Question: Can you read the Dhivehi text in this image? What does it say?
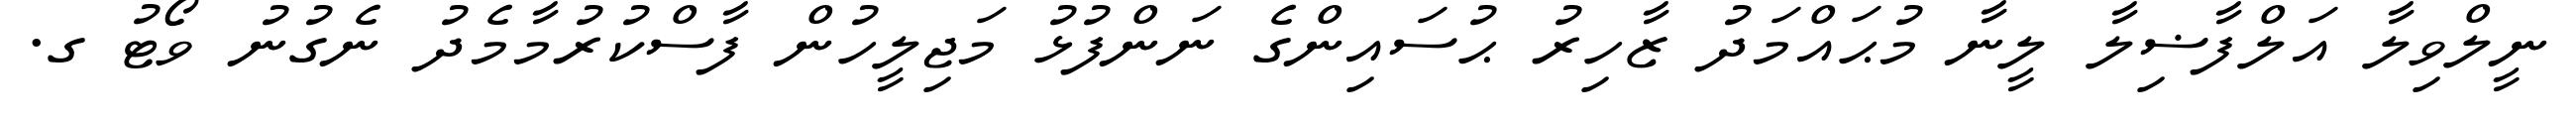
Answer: ނީލްވިލާ އަލްފާޟިލާ ލީނާ މުޙައްމަދު ޒާހިރު ޙުސައިންގެ ނަންފުޅު މަޖިލީހުން ފާސްކުރުމާމެދު ނެގުނު ވޯޓު ގ.